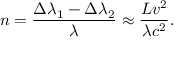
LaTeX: n = { \frac { \Delta \lambda _ { 1 } - \Delta \lambda _ { 2 } } { \lambda } } \approx { \frac { L v ^ { 2 } } { \lambda c ^ { 2 } } } .